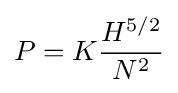
P=K{\frac {H^{5/2}}{N^{2}}}